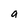
Character: a